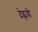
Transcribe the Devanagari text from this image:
देह्लवी